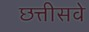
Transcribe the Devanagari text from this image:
छत्तीसवे